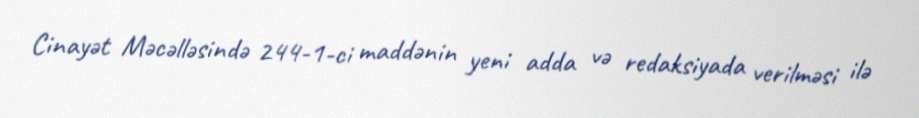
Cinayət Məcəlləsində 244-1-ci maddənin yeni adda və redaksiyada verilməsi ilə